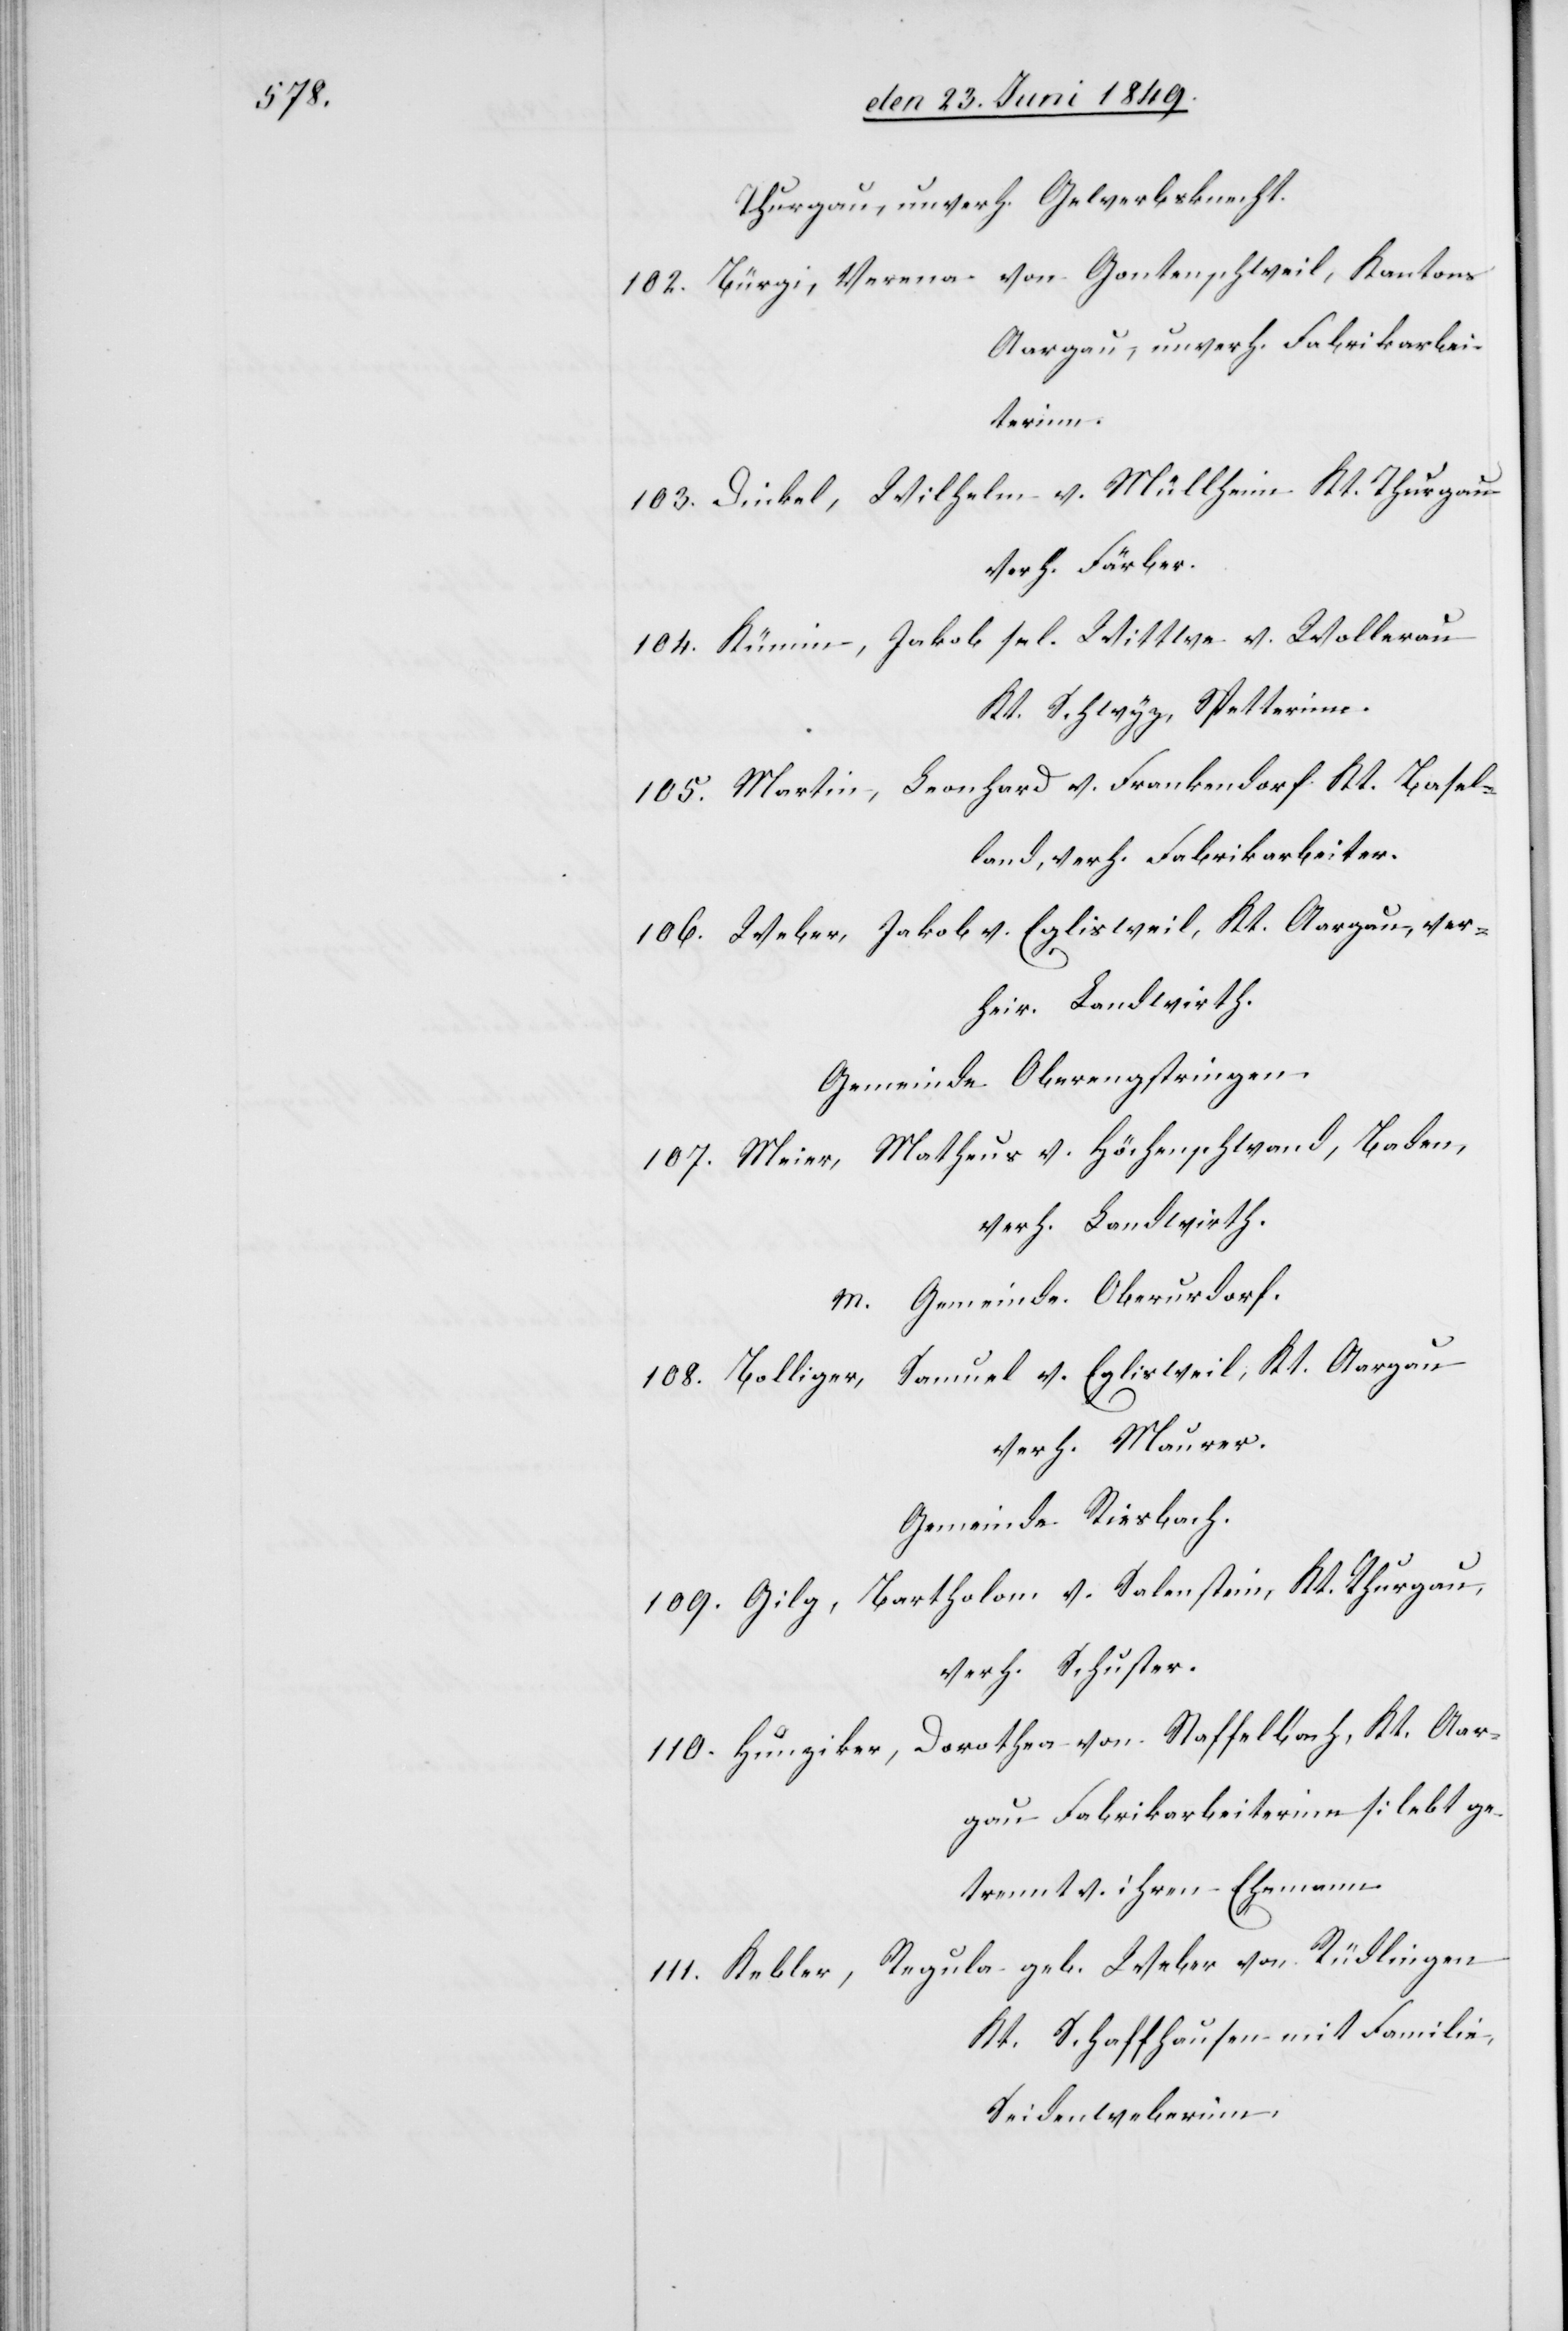
Thurgau, unverh. Gewerbsknecht.
102. Bürgi, Verena von Gontenschweil, Kantons
Aargau, unverh. Fabrikarbei¬
terinn.
103. Dickel, Wilhelm v. Müllheim Kt. Thurgau
verh. Färber.
104. Künin, Jakob sel. Wittwe v. Wollerau
Kt. Schwyz, Spetterinn.
105. Martin, Leonhard v. Frankendorf Kt. Basel¬
land, verh. Fabrikarbeiter.
106. Weber, Jakob v. Eglisweil, Kt. Aargau, ver¬
heir. Landwirth.
Gemeinde Oberengstringen.
107. Meier, Matheus v. Höchenschwand, Baden,
verh. Landwirth.
m. Gemeinde Oberurdorf.
108. Bolliger, Samuel v. Eglisweil, Kt. Aargau
verh. Maurer.
Gemeinde Riesbach.
109. Gily, Bartholom v. Salenstein, Kt. Thurgau,
verh. Schuster.
110. Hunziker, Dorothea von Staffelbach, Kt. Aar¬
gau Fabrikarbeiterinn [lebt ge¬
trennt v. ihrem Ehemann[]]
111. Kelber, Regula geb. Weber von Rüdlingen
Kt. Schaffhausen mit Familie,
Seidenweberinn.